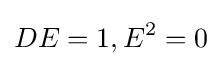
DE=1,E^{2}=0